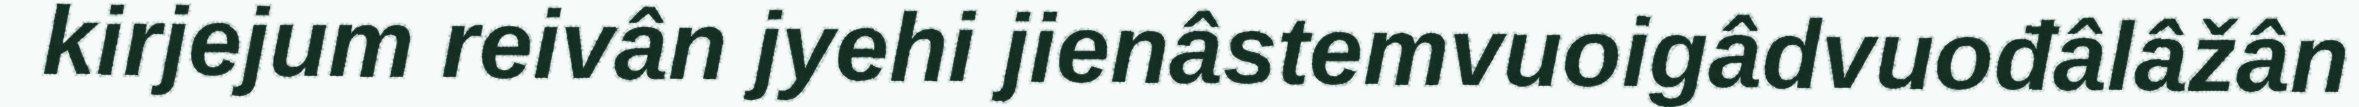
kirjejum reivân jyehi jienâstemvuoigâdvuođâlâžân